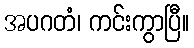
အပဂတံ၊ ကင်းကွာပြီ။